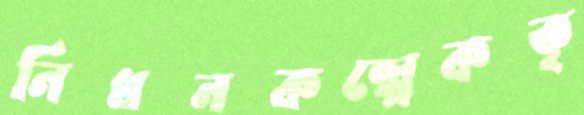
নিধনকল্পেকতৃ